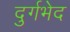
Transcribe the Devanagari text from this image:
दुर्गभेद